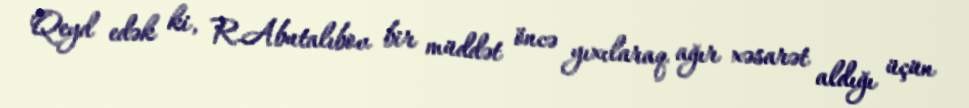
Qeyd edək ki, R.Abutalıbov bir müddət öncə yıxılaraq ağır xəsarət aldığı üçün